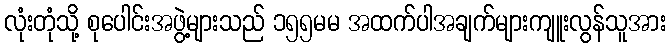
လုံးတုံသို့ စုပေါင်းအဖွဲ့များသည် ၁၅၅မမ အထက်ပါအချက်များကျူးလွန်သူအား